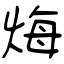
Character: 烸